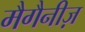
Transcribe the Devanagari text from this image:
मैगैनीज़